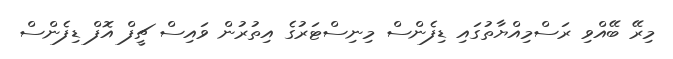
މިރޭ ބޭއްވި ރަސްމިއްޔާތުގައި ޑިފެންސް މިނިސްޓަރުގެ އިތުރުން ވައިސް ޗީފް އޮފް ޑިފެންސް